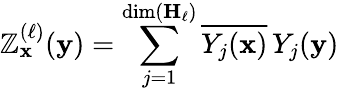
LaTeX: \mathbb{Z}_{\mathbf{{x}}}^{(\ell)}({\mathbf{{y}}})=\sum_{j=1}^{\dim(\mathbf{{H}}_{\ell})}{\overline{{{Y_{j}({\mathbf{{x}}})}}}}\, Y_{j}({\mathbf{{y}}})